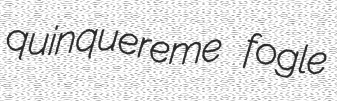
quinquereme fogle